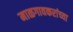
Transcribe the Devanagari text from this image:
माळगावकरांच्या